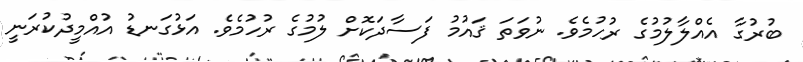
ބުރުގާ އެއްލާލުމުގެ ރުހުމެވެ. ނުވަތަ ޤައުމު ފަސާދަކޮށް ލުމުގެ ރުހުމެވެ. އަޅުގަނޑު އުއްމީދުކުރަނީ